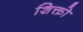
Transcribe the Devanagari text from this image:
शिक्तो